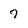
Character: 7